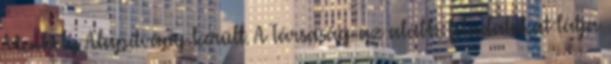
Menhely Alapítvány került. A Társaság az alábbi feladatokat látja